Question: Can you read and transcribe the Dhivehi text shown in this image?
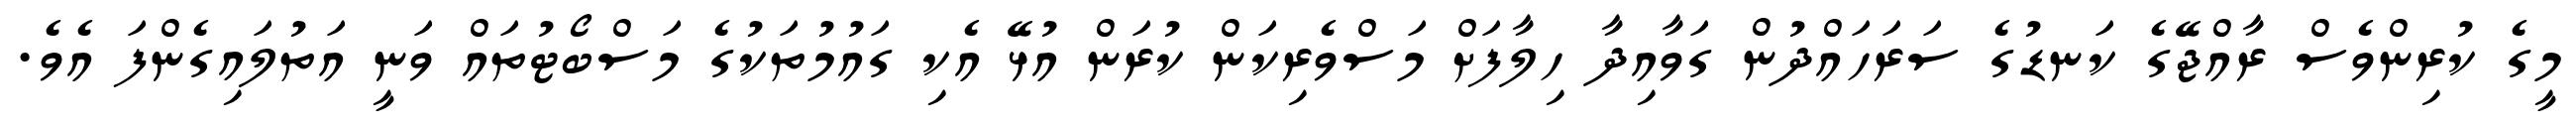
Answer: މީގެ ކުރިންވެސް ރާއްޖޭގެ ކަނޑުގެ ސަރަހައްދުން ގަވާއިދާ ހިލާފަށް މަސްވެރިކަން ކުރަން އުޅޭ އެކި ގައުމުތަކުގެ މަސްބޯޓުތައް ވަނީ އަތުލައިގެންފަ އެވެ.